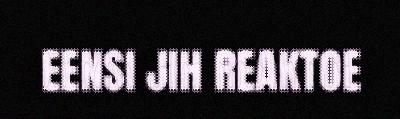
EENSI JIH REAKTOE